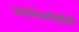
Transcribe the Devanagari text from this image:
बायोटेक्नौलौजी